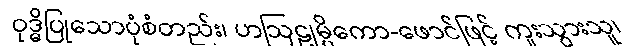
ဝုဒ္ဓိပြုသောပုံစံတည်း၊ ဟဩဠုမ္ပိကော-ဖောင်ဖြင့် ကူးသွားသူ၊